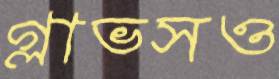
গ্লাভসও